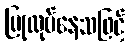
ပြုလုပ်နေသဖြင့်